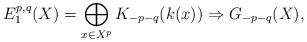
LaTeX: \begin{align*}E_1^{p,q}(X)=\bigoplus_{x\in X^p}K_{-p-q}(k(x))\Rightarrow G_{-p-q}(X),\end{align*}